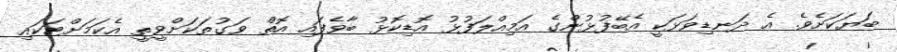
ބަޔަކަށެވެ. އެ ދަނޑިވަޅަކީ އެބޭފުޅުންގެ އަމިއްލަފުޅު އޮޑިކޮޅު ބާވެފައި އޮތް ވަގުތަކަށްވީތީ އެކަމަށްޓަކައި